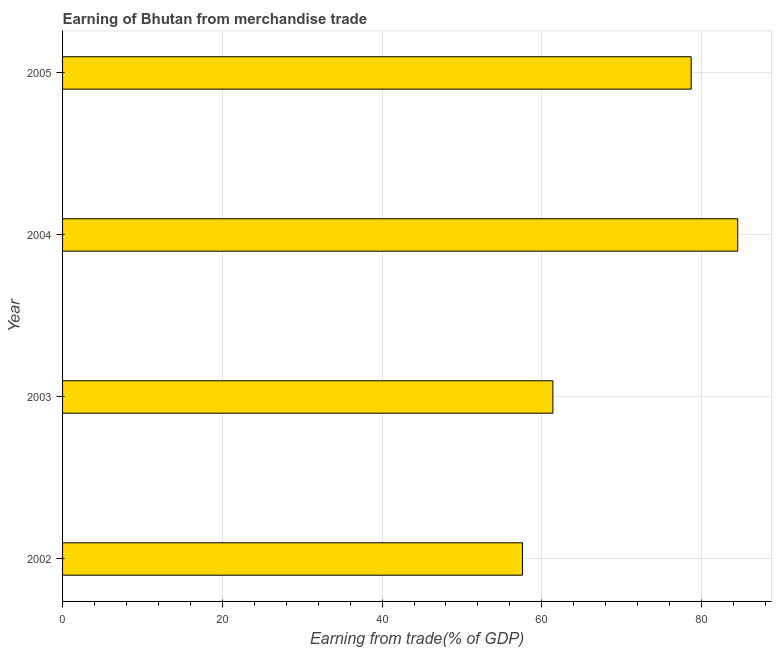
| Year | Merchandise trade |
 | --- | --- |
 | 2002 | 57.6 |
 | 2003 | 61.4 |
 | 2004 | 84.5 |
 | 2005 | 78.7 |